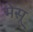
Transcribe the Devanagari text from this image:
मेसू